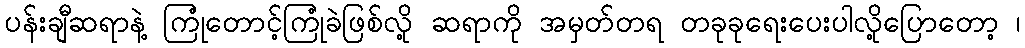
ပန်းချီဆရာနဲ့ ကြုံတောင့်ကြုံခဲဖြစ်လို့ ဆရာကို အမှတ်တရ တခုခုရေးပေးပါလို့ပြောတော့ ၊